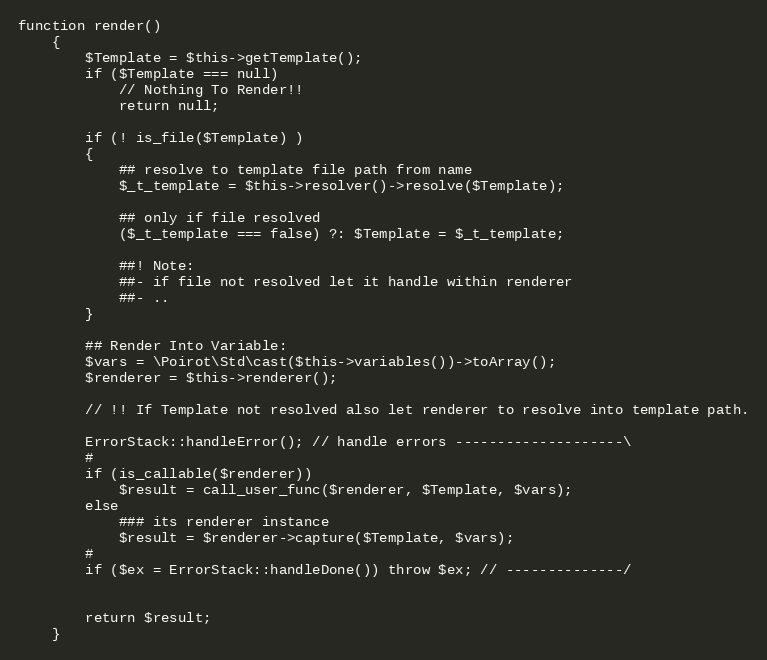
Language: PHP
function render()
    {
        $Template = $this->getTemplate();
        if ($Template === null)
            // Nothing To Render!!
            return null;

        if (! is_file($Template) )
        {
            ## resolve to template file path from name
            $_t_template = $this->resolver()->resolve($Template);

            ## only if file resolved
            ($_t_template === false) ?: $Template = $_t_template;

            ##! Note:
            ##- if file not resolved let it handle within renderer
            ##- ..
        }

        ## Render Into Variable:
        $vars = \Poirot\Std\cast($this->variables())->toArray();
        $renderer = $this->renderer();

        // !! If Template not resolved also let renderer to resolve into template path.

        ErrorStack::handleError(); // handle errors --------------------\
        #
        if (is_callable($renderer))
            $result = call_user_func($renderer, $Template, $vars);
        else
            ### its renderer instance
            $result = $renderer->capture($Template, $vars);
        #
        if ($ex = ErrorStack::handleDone()) throw $ex; // --------------/

        return $result;
    }